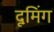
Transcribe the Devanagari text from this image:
दूमिंग